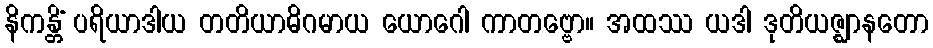
နိကန္တိံ ပရိယာဒါယ တတိယာဓိဂမာယ ယောဂေါ ကာတဗ္ဗော။ အထဿ ယဒါ ဒုတိယဇ္ဈာနတော